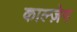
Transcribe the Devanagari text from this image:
काल्ज़ेग